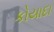
કોયાદા